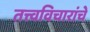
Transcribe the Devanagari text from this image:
तत्त्वविचारांचे